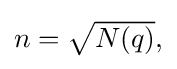
{\textstyle n={\sqrt {N(q)}},}